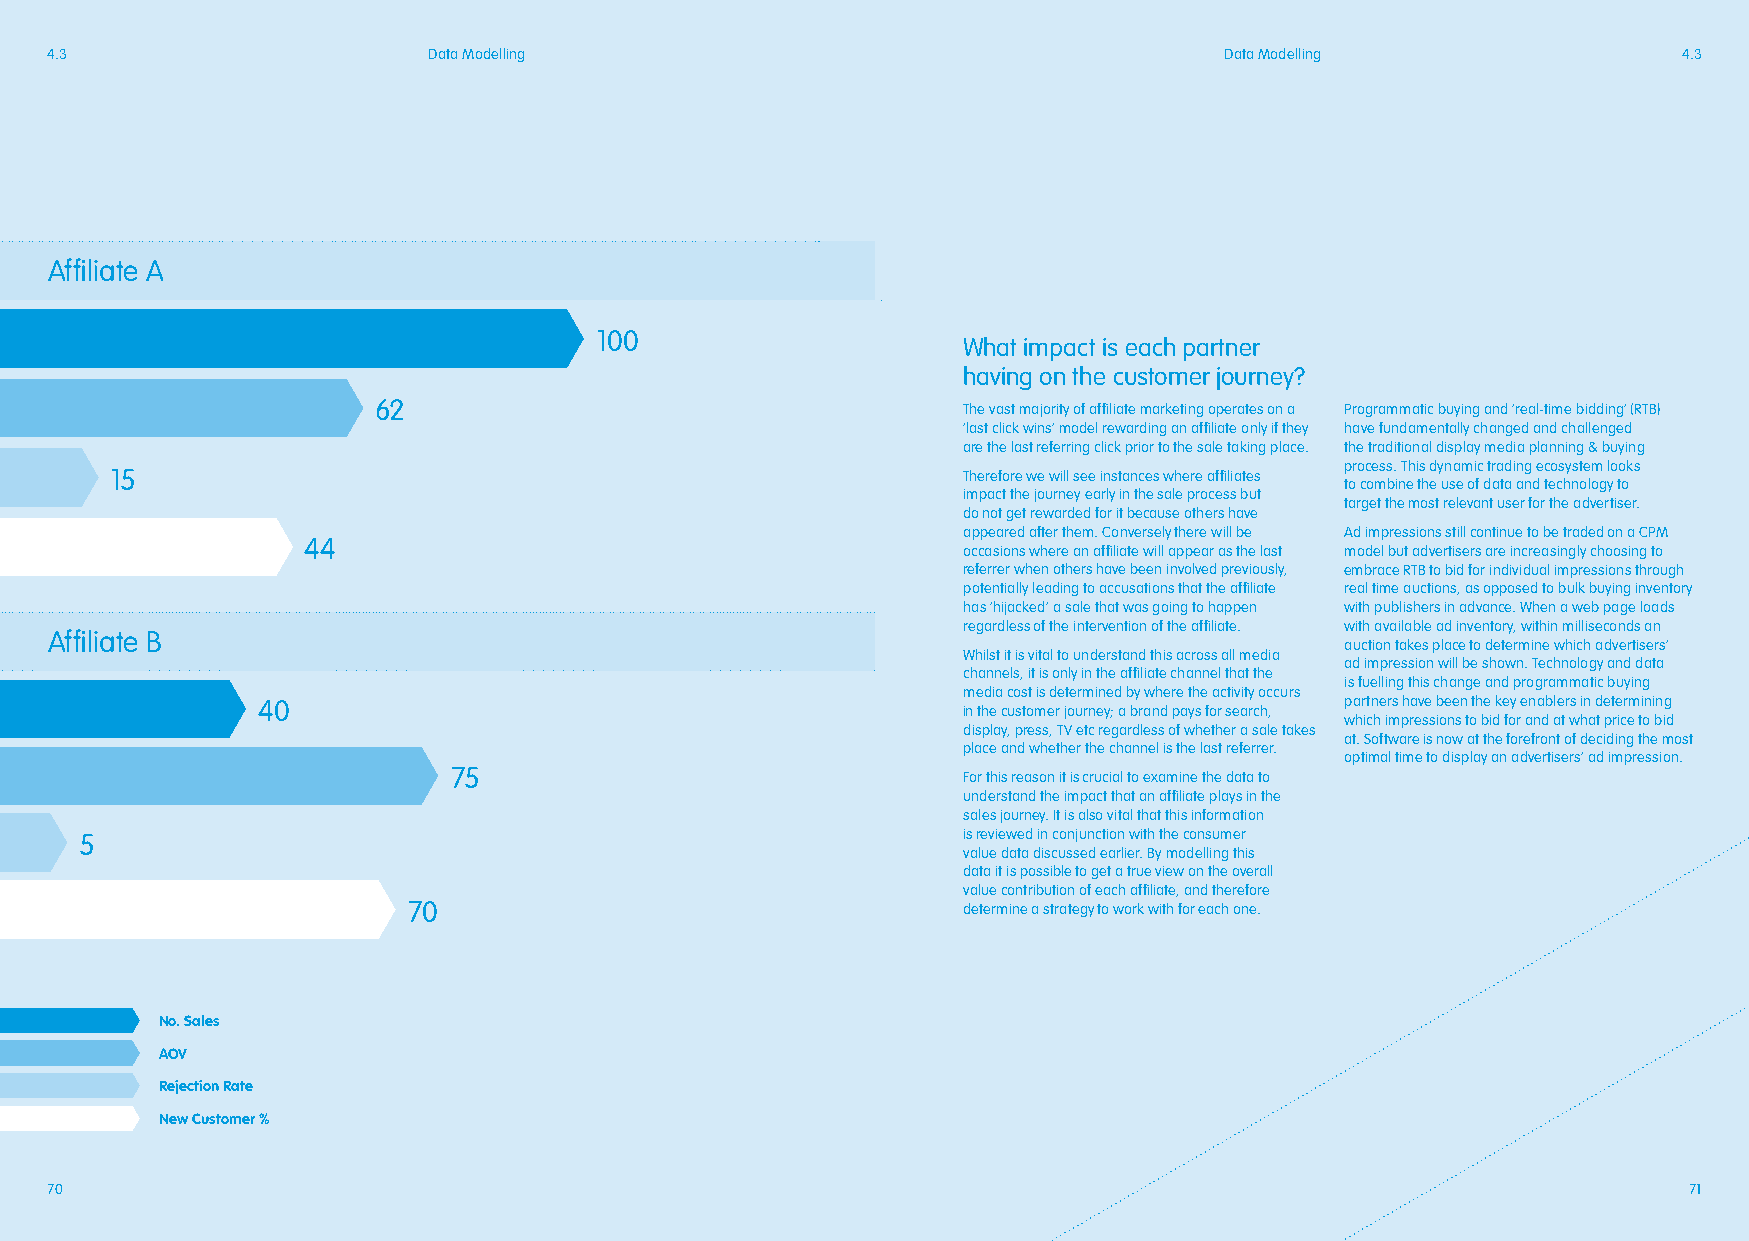
4.3                      Data Modelling                                       Data Modelling                4.3
 Affiliate A
 100
 What impact is each partner
 having on the customer journey?
 62                                     The vast majority of affiliate marketing operates on a Programmatic buying and ‘real-time bidding’ (RTB)
 ‘last click wins’ model rewarding an affiliate only if they have fundamentally changed and challenged
 are the last referring click prior to the sale taking place. the traditional display media planning & buying
 process. This dynamic trading ecosystem looks
 15                                                       Therefore we will see instances where affiliates
 to combine the use of data and technology to
 impact the journey early in the sale process but
 target the most relevant user for the advertiser.
 do not get rewarded for it because others have
 appeared after them. Conversely there will be Ad impressions still continue to be traded on a CPM
 44
 occasions where an affiliate will appear as the last model but advertisers are increasingly choosing to
 referrer when others have been involved previously, embrace RTB to bid for individual impressions through
 potentially leading to accusations that the affiliate real time auctions, as opposed to bulk buying inventory
 has ‘hijacked’ a sale that was going to happen with publishers in advance. When a web page loads
 regardless of the intervention of the affiliate. with available ad inventory, within milliseconds an
 Affiliate B
 auction takes place to determine which advertisers’
 Whilst it is vital to understand this across all media
 ad impression will be shown. Technology and data
 channels, it is only in the affiliate channel that the
 is fuelling this change and programmatic buying
 media cost is determined by where the activity occurs
 40                                                                      partners have been the key enablers in determining
 in the customer journey; a brand pays for search,
 which impressions to bid for and at what price to bid
 display, press, TV etc regardless of whether a sale takes
 at. Software is now at the forefront of deciding the most
 place and whether the channel is the last referrer.
 optimal time to display an advertisers’ ad impression.
 75                                For this reason it is crucial to examine the data to
 understand the impact that an affiliate plays in the
 sales journey. It is also vital that this information
 5                                                          is reviewed in conjunction with the consumer
 value data discussed earlier. By modelling this
 data it is possible to get a true view on the overall
 value contribution of each affiliate, and therefore
 70                                   determine a strategy to work with for each one.
 No. Sales
 AOV
 Rejection Rate
 New Customer %
 70                                                                                                           71